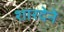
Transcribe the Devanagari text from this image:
शारदेने